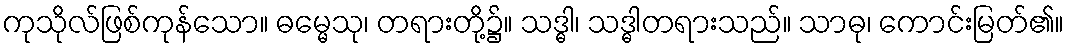
ကုသိုလ်ဖြစ်ကုန်သော။ ဓမ္မေသု၊ တရားတို့၌။ သဒ္ဓါ၊ သဒ္ဓါတရားသည်။ သာဓု၊ ကောင်းမြတ်၏။